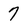
Character: 7